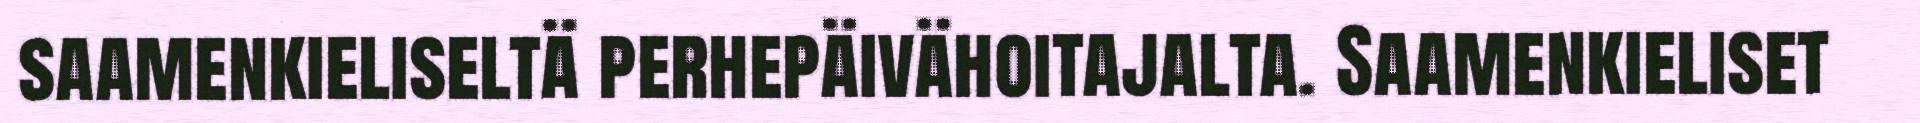
saamenkieliseltä perhepäivähoitajalta. Saamenkieliset